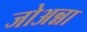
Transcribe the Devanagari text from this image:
जोअन्ना